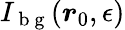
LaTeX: I_{\mathrm{~b~g~}}(\boldsymbol{r}_{0},\epsilon)